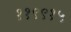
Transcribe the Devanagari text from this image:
११९९१५